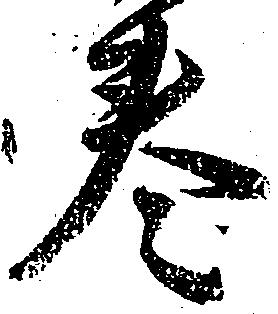
巻